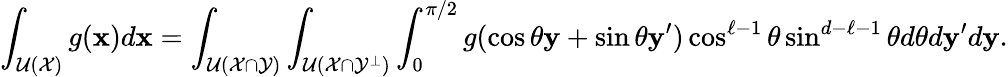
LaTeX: \int_{{\cal U}({\cal X})}g({\mathbf x})d{\mathbf x}=\int_{{\cal U}({\cal X}\cap{\cal Y})}\int_{{\cal U}({\cal X}\cap{\cal Y}^{\perp})}\int_{0}^{\pi/2}g(\cos\theta{\mathbf y}+\sin\theta{\mathbf y}^{\prime})\cos^{\ell-1}\theta\sin^{d-\ell-1}\theta d\theta d{\mathbf y}^{\prime}d{\mathbf y}.